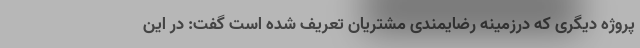
پروژه دیگری که درزمینه رضایمندی مشتریان تعریف شده است گفت: در این